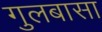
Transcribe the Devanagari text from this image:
गुलबासा